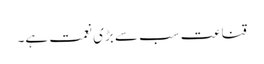
قناعت سب سے بڑی نعمت ہے۔